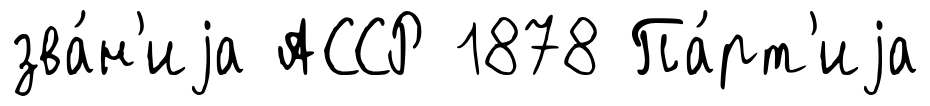
зва́н'иjа АССР 1878 Па́рт'иjа